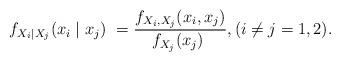
LaTeX: \begin{align*}f_{X_{i}\mid X_{j}}(x_{i}\mid x_{j})\ =\frac{f_{X_{i},X_{j}}(x_{i},x_{j})}{f_{X_{j}}(x_{j})\ },(i\neq j=1,2).\end{align*}